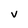
Character: v